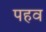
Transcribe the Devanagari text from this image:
पहव